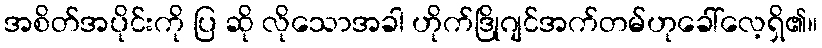
အစိတ်အပိုင်းကို ပြ ဆို လိုသောအခါ ဟိုက်ဒြိုဂျင်အက်တမ်ဟုခေါ်လေ့ရှိ၏။